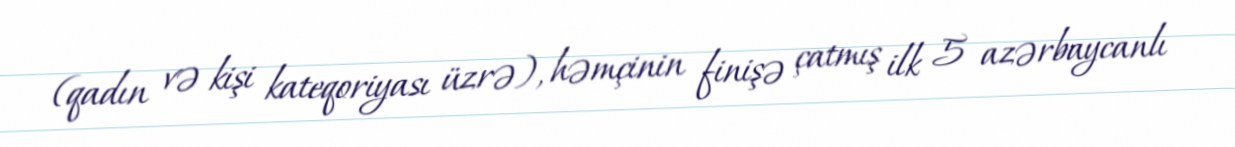
(qadın və kişi kateqoriyası üzrə), həmçinin finişə çatmış ilk 5 azərbaycanlı